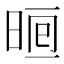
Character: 𣇥